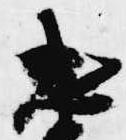
忠